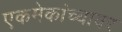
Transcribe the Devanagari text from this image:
एकमेकांच्यावर